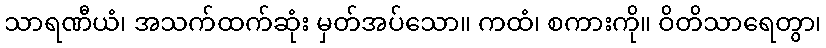
သာရဏီယံ၊ အသက်ထက်ဆုံး မှတ်အပ်သော။ ကထံ၊ စကားကို။ ဝိတိသာရေတွာ၊